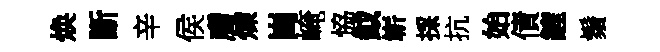
焕斷辛侯膚煉崗崦恊鉞嶄採抗始債鏟鬚